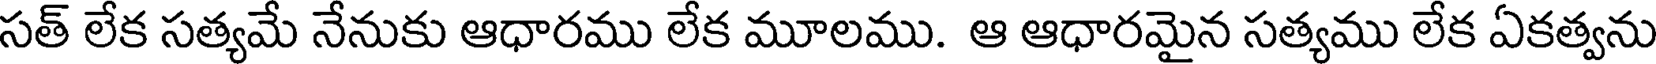
సత్ లేక సత్యమే నేనుకు ఆధారము లేక మూలము. ఆ ఆధారమైన సత్యము లేక ఏకత్వను